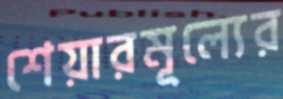
শেয়ারমূল্যের